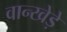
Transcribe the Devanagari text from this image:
वान्खेड़े